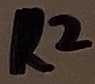
Text: R2